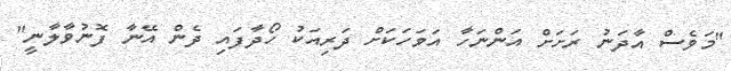
"މަވެސް އާދަނު ރަށަށް އަންނަހާ އަވަހަކަށް ދަރިއަކު ހޯދާފައި ދެން އޭނާ ފޮނުވާލާނީ"